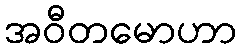
အဝီတမောဟာ